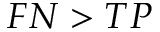
F N > T P